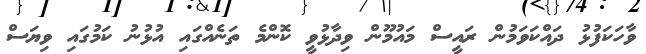
ވާހަކަފުޅު ދައްކަވަމުން ރައީސް މައުމޫން ވިދާޅުވީ ކޮންމެ ތަނެއްގައި އުޅުނު ކަމުގައި ވިޔަސް